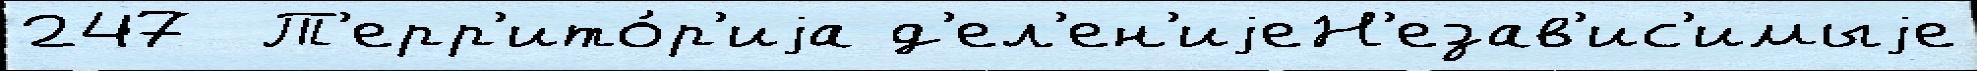
247  Т'ерр'ито́р'иjа д'ел'ен'иjеН'езав'ис'имыjе